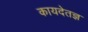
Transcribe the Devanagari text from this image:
कायदेतज्ञ